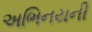
અભિનયની